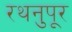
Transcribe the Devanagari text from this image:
रथनुपूर